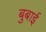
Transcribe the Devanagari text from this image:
बुबाई